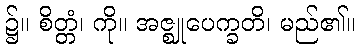
၌။ စိတ္တံ၊ ကို။ အဇ္ဈုပေက္ခတိ၊ မည်၏။